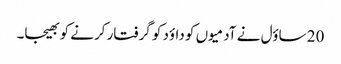
20 ساؤل نے آدمیوں کو داؤد کو گرفتار کرنے کو بھیجا۔